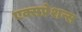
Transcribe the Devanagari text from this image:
एक्सप्रेशन्स